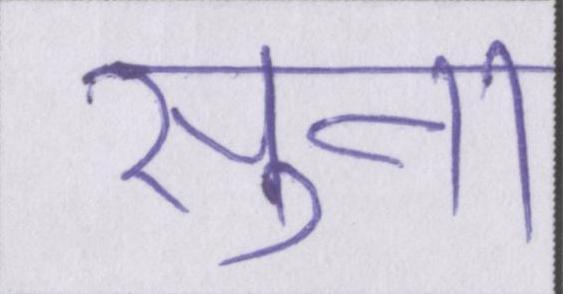
सुना